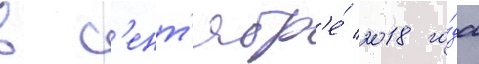
в с'ент'ябр'е́ 2018 го́да